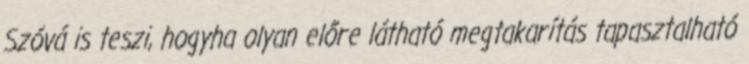
Szóvá is teszi, hogyha olyan előre látható megtakarítás tapasztalható